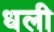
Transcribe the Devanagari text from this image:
धली